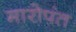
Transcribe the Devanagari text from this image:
मारोपंत